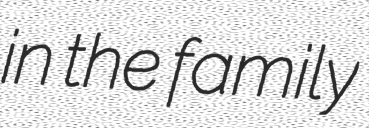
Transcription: in the family